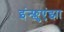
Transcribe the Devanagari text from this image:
इंन्फ्लुएंझा